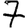
Digit: 7